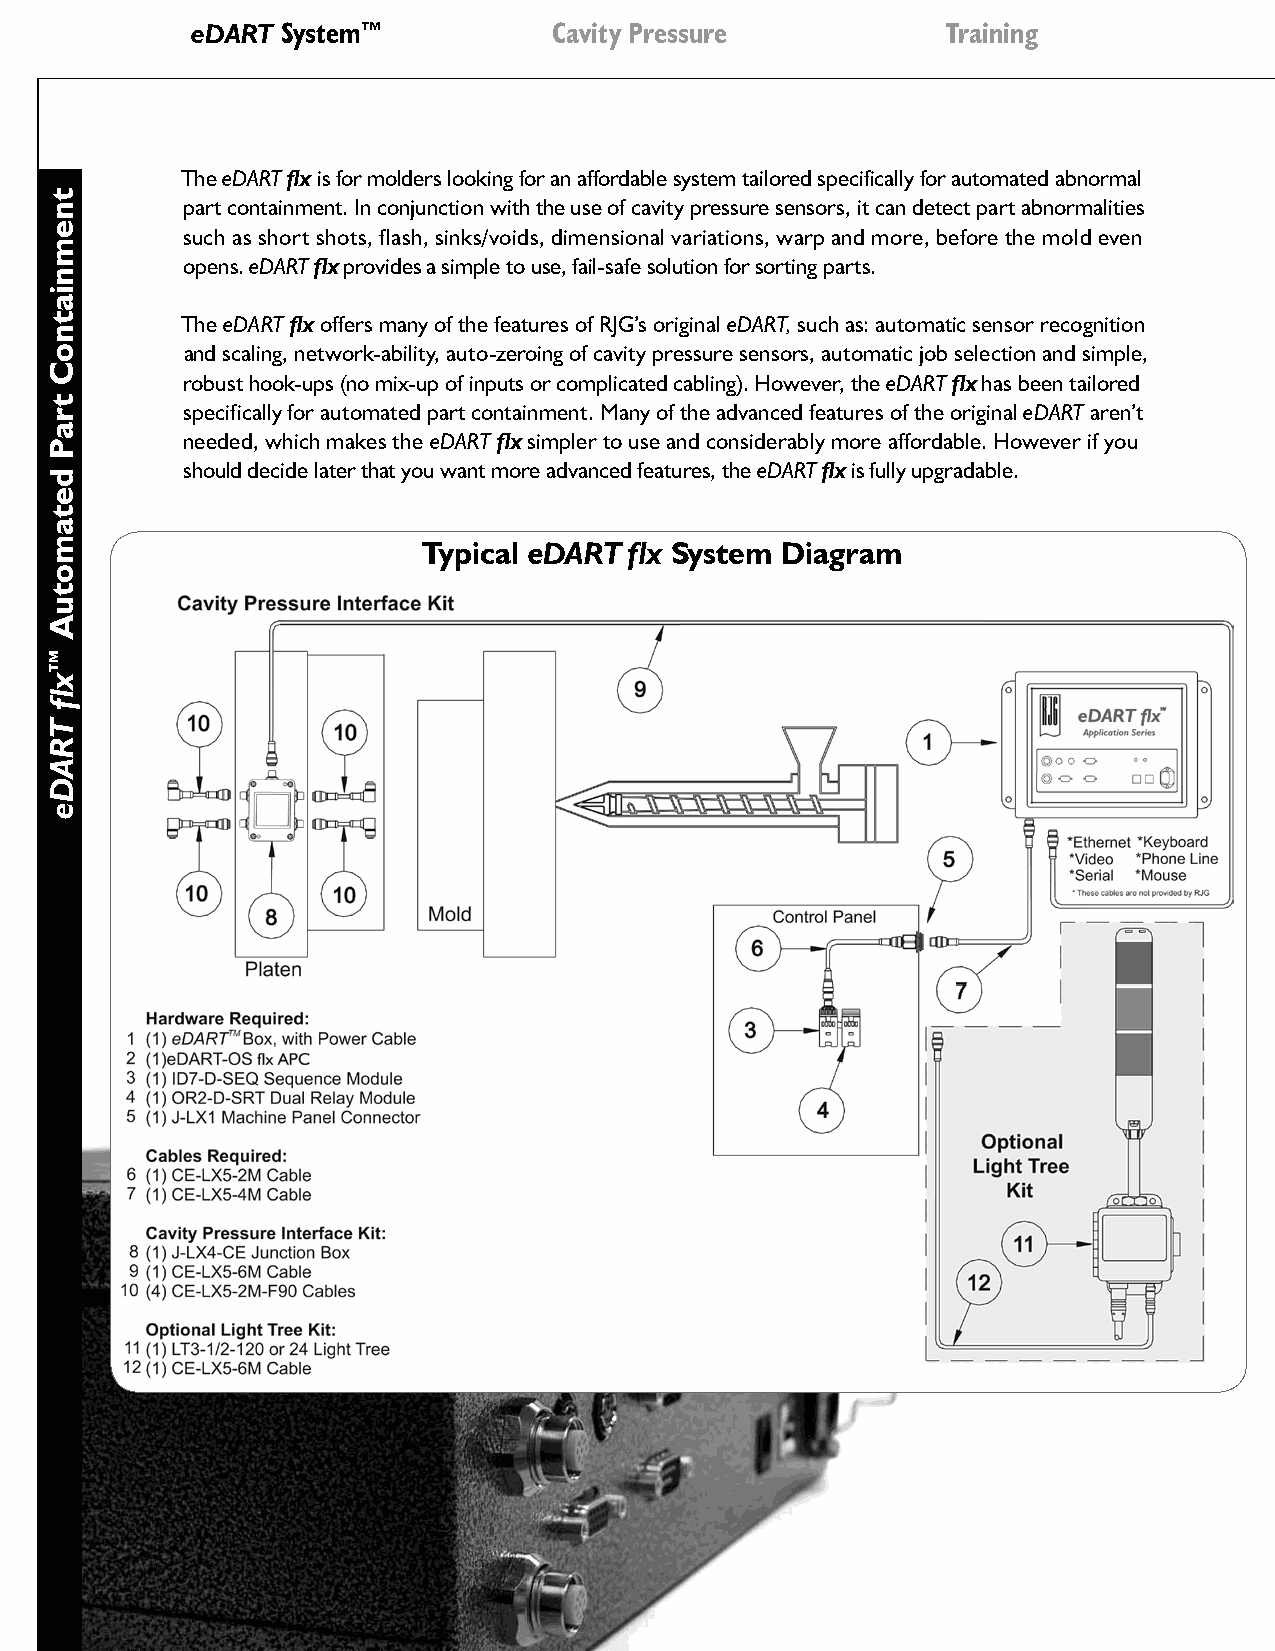
eDART System™           Cavity Pressure           Training
 The eDART flx is for molders looking for an affordable system tailored specifically for automated abnormal
 part containment. In conjunction with the use of cavity pressure sensors, it can detect part abnormalities
 such as short shots, flash, sinks/voids, dimensional variations, warp and more, before the mold even
 opens. eDART flx provides a simple to use, fail-safe solution for sorting parts.
 The eDART flx offers many of the features of RJG’s original eDART, such as: automatic sensor recognition
 and scaling, network-ability, auto-zeroing of cavity pressure sensors, automatic job selection and simple,
 robust hook-ups (no mix-up of inputs or complicated cabling). However, the eDART flx has been tailored
 specifically for automated part containment. Many of the advanced features of the original eDART aren’t
 needed, which makes the eDART flx simpler to use and considerably more affordable. However if you
 should decide later that you want more advanced features, the eDART flx is fully upgradable.
 Typical eDART flx System Diagram
 tnemniatnoC
 traP
 detamotuA
 ™xlf
 TRADe